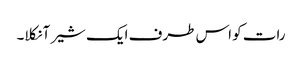
رات کو اس طرف ایک شیر آ نکلا۔